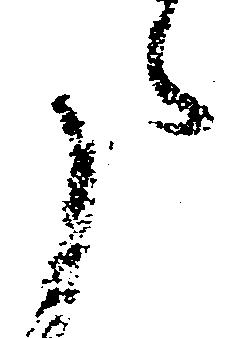
た